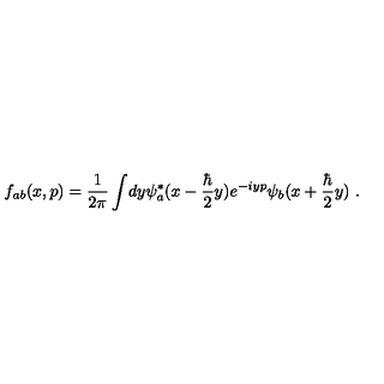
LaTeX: f _ { a b } ( x , p ) = { \frac { 1 } { 2 \pi } } \int \! d y \psi _ { a } ^ { * } ( x - { \frac { \hbar } { 2 } } y ) e ^ { - i y p } \psi _ { b } ( x + { \frac { \hbar } { 2 } } y ) \ .